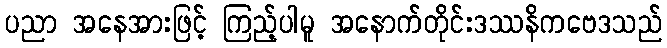
ပညာ အနေအားဖြင့် ကြည့်ပါမူ အနောက်တိုင်းဒဿနိကဗေဒသည်